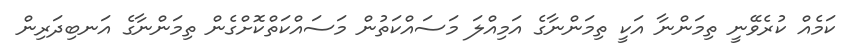
ކަމެއް ކުރެވޭނީ ތިމަންނާ އަކީ ތިމަންނާގެ އަމިއްލަ މަސައްކަތުން މަސައްކަތްކޮށްގެން ތިމަންނާގެ އަނބިދަރިން